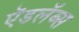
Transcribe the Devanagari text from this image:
ऍडलॅब्स